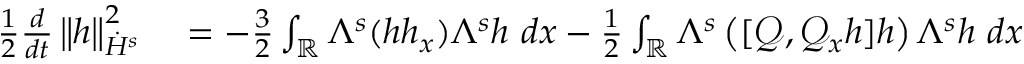
\begin{array} { r l } { \frac { 1 } { 2 } \frac { d } { d t } \left\| h \right\| _ { \dot { H } ^ { s } } ^ { 2 } } & { { } = - \frac { 3 } { 2 } \int _ { \mathbb R } \Lambda ^ { s } ( h h _ { x } ) \Lambda ^ { s } h \ d x - \frac { 1 } { 2 } \int _ { \mathbb R } \Lambda ^ { s } \left( [ \mathscr { Q } , \mathscr { Q } _ { x } h ] h \right) \Lambda ^ { s } h \ d x } \end{array}